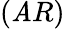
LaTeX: (\mathit{A}R)